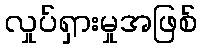
လှုပ်ရှားမှုအဖြစ်